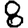
Digit: 8